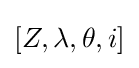
[Z,\lambda ,\theta ,i]